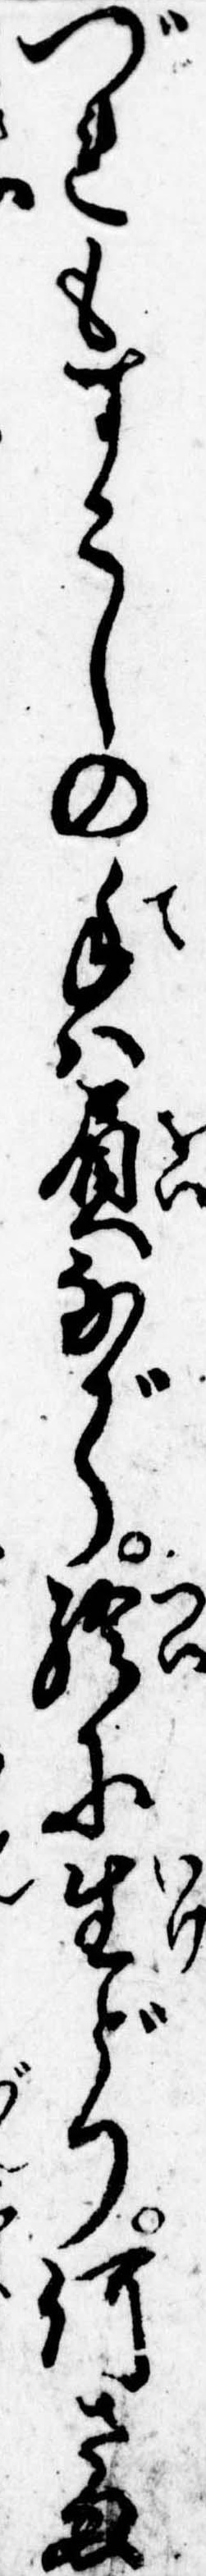
づれもすこしの手は負ながら終に生どり何さま